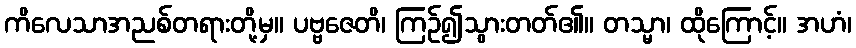
ကိလေသာအညစ်တရားတို့မှ။ ပဗ္ဗဇေတိ၊ ကြဉ်၍သွားတတ်၏။ တသ္မာ၊ ထိုကြောင့်။ အဟံ၊